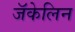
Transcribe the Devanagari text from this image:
जॅकेलिन